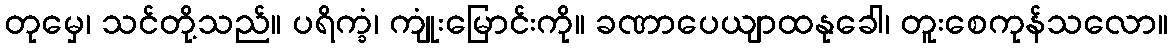
တုမှေ၊ သင်တို့သည်။ ပရိက္ခံ၊ ကျုံးမြောင်းကို။ ခဏာပေယျာထနုခေါ၊ တူးစေကုန်သလော။